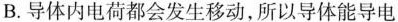
B.导体内电荷都会发生移动，所以导体能导电